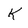
Character: k